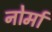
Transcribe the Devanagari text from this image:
नोर्मा